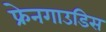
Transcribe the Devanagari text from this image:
फ्रेनगाउडिस